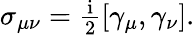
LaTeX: \begin{array}{r}{\sigma_{\mu\nu}=\frac{\mathrm{i}}{2}[\gamma_{\mu},\gamma_{\nu}].}\end{array}